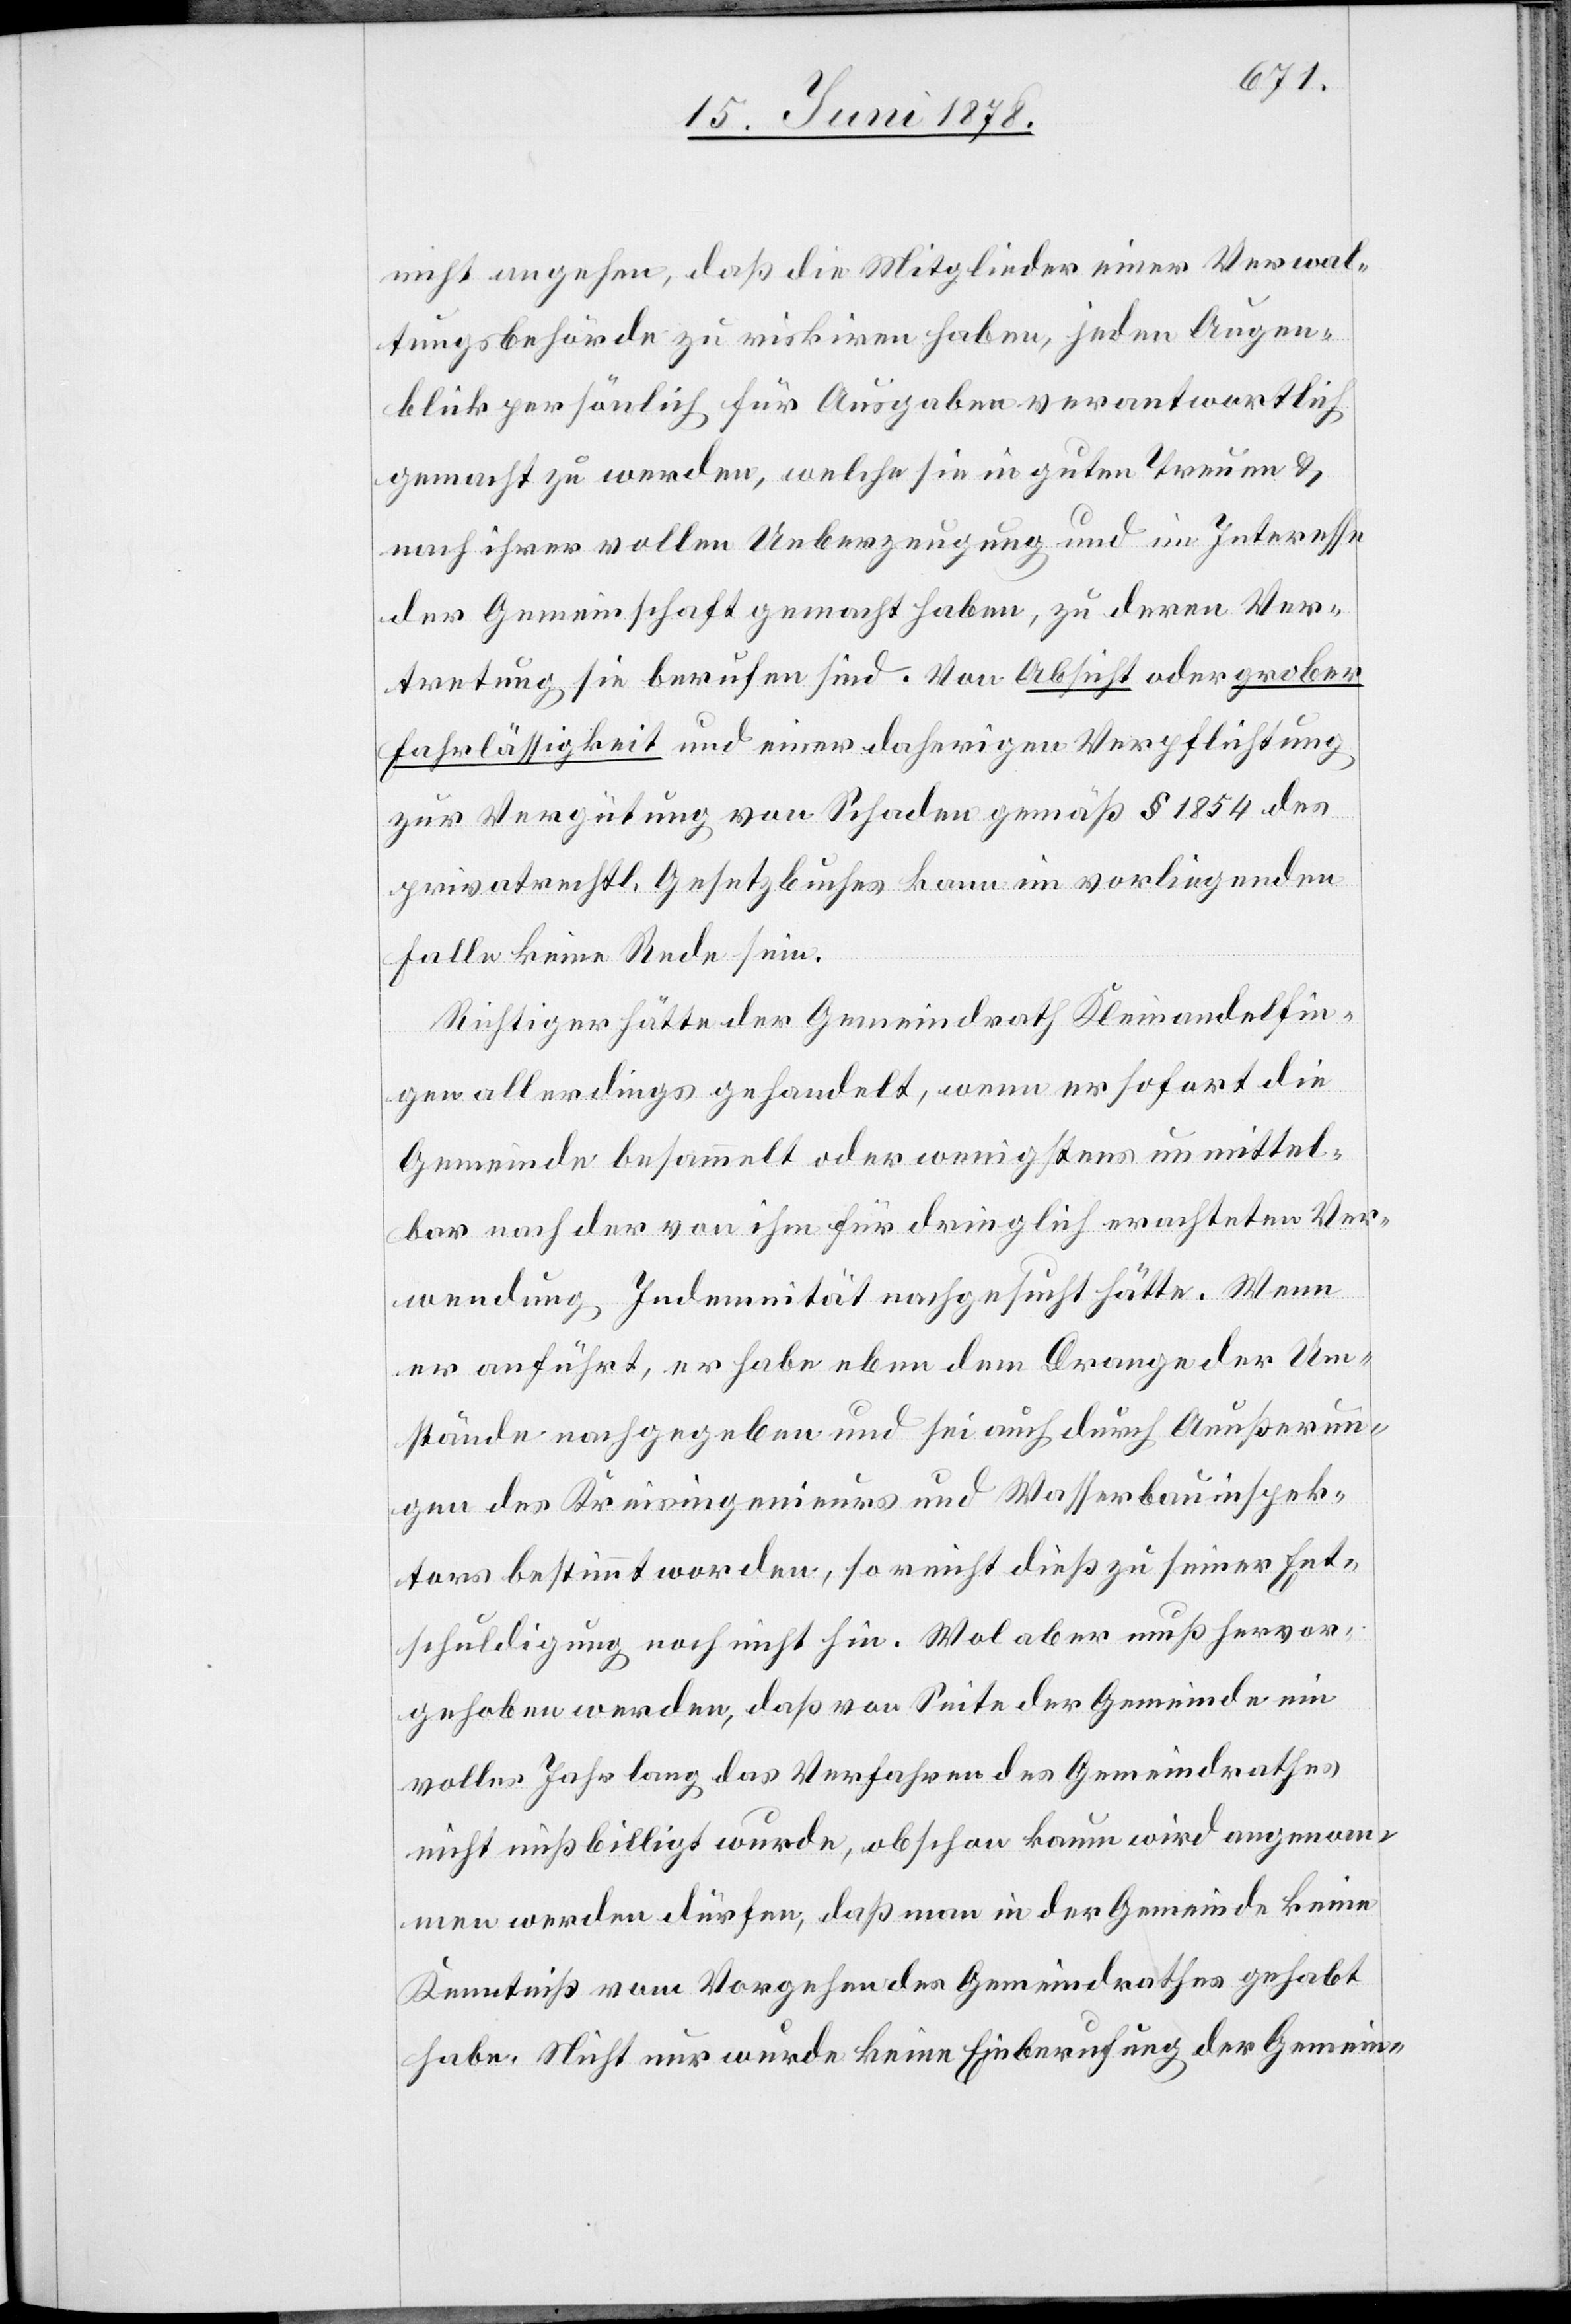
nicht angehen, daß die Mitglieder einer Verwal¬
tungsbehörde zu riskiren haben, jeden Augen¬
blick persönlich für Ausgaben verantwortlich
gemacht zu werden, welche sie in guten Treuen &
nach ihrer vollen Ueberzeugung und im Interesse
der Gemeinschaft gemacht haben, zu deren Ver¬
tretung sie berufen sind. Von Absicht oder grober
Fahrlässigkeit und einer daherigen Verpflichtung
zur Vergütung von Schaden gemäß § 1854 des
privatrechtl. Gesetzbuches kann im vorliegenden
Falle keine Rede sein.
Richtiger hätte der Gemeindrath Kleinandelfin¬
gen allerdings gehandelt, wenn er sofort die
Gemeinde besammelt oder wenigstens unmittel¬
bar nach der von ihm für dringlich erachteten Ver¬
wendung Indemnität nachgesucht hätte. Wenn
er anführt, er habe eben dem Drange der Um¬
stände nachgegeben und sei auch durch Aeußerun¬
gen des Kreisingenieurs und Wasserbauinspek¬
tors bestimmt worden, so reicht dieß zu seiner Ent¬
schuldigung noch nicht hin. Wol aber muß hervor¬
gehoben werden, daß von Seite der Gemeinde ein
volles Jahr lang das Verfahren des Gemeindrathes
nicht mißbilligt wurde, obschon kaum wird angenom¬
men werden dürfen, daß man in der Gemeinde keine
Kenntniß vom Vorgehen des Gemeindrathes gehabt
habe. Nicht nur wurde keine Einberufung der Gemein-